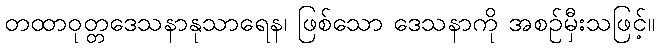
တထာဝုတ္တဒေသနာနုသာရေန၊ ဖြစ်သော ဒေသနာကို အစဉ်မှီးသဖြင့်။